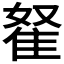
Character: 𨾯